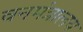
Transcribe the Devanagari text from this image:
वनमंत्रालय